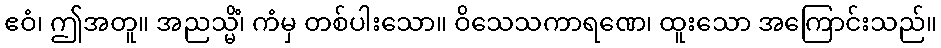
ဧဝံ၊ ဤအတူ။ အညသ္မိံ၊ ကံမှ တစ်ပါးသော။ ဝိသေသကာရဏေ၊ ထူးသော အကြောင်းသည်။